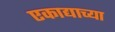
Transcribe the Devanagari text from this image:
एकाद्याच्या